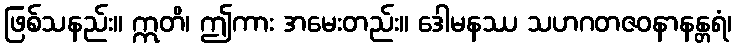
ဖြစ်သနည်း။ ဣတိ၊ ဤကား အမေးတည်း။ ဒေါမနဿ သဟဂတဇဝနာနန္တရံ၊